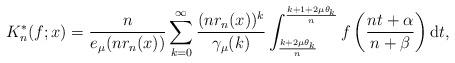
LaTeX: \begin{align*}K_{n}^{\ast }(f;x)=\frac{n}{e_{\mu }(n r_n(x))}\sum_{k=0}^{\infty }\frac{(n r_n(x))^{k}}{\gamma _{\mu}(k)}\int_{\frac{k+2\mu \theta_{k}}{n}}^{\frac{k+1+2\mu \theta _{k}}{n}}f\left(\frac{nt+\alpha}{n+\beta}\right)\mathrm{d}t,\end{align*}